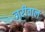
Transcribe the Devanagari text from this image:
जरीवाल